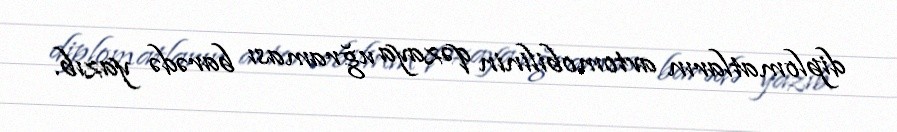
diplomatların avtomobilinin qəzaya uğraması barədə yazıb.